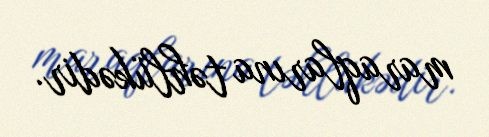
maraqlarına təhlükədir.